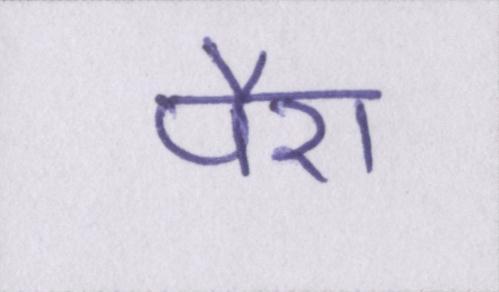
पैरा